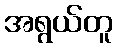
အရွယ်တူ